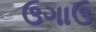
ઉગાઉ